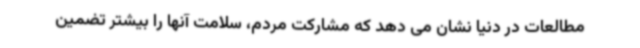
مطالعات در دنیا نشان می دهد که مشارکت مردم، سلامت آنها را بیشتر تضمین